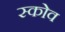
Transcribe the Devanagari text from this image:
स्‍कोव